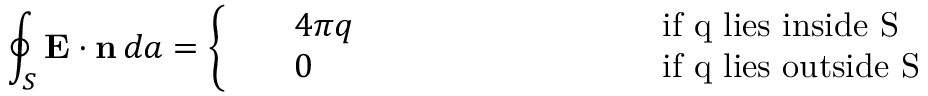
\oint _ { S } \mathbf { E } \cdot \mathbf { n } \, d a = \left\{ \begin{array} { l l } { \begin{array} { r l r l } & { 4 \pi q } & { ~ ~ ~ ~ ~ ~ ~ ~ ~ ~ ~ ~ ~ ~ ~ ~ ~ ~ ~ ~ } & { \mathrm { i f ~ q ~ l i e s ~ i n s i d e ~ S } } \\ & { 0 } & { ~ ~ ~ ~ ~ ~ ~ ~ ~ ~ ~ ~ ~ ~ ~ ~ ~ ~ ~ ~ ~ } & { \mathrm { i f ~ q ~ l i e s ~ o u t s i d e ~ S } } \end{array} } \end{array} \right.